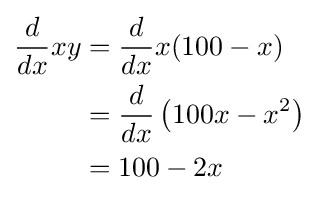
{\begin{aligned}{\frac {d}{dx}}xy&={\frac {d}{dx}}x(100-x)\\&={\frac {d}{dx}}\left(100x-x^{2}\right)\\&=100-2x\end{aligned}}